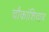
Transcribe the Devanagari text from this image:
चौकांशिवाय